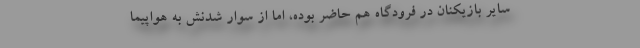
سایر بازیکنان در فرودگاه هم حاضر بوده، اما از سوار شدنش به هواپیما